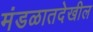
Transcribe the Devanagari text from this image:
मंडळातदेखील